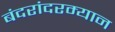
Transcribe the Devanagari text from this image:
बंदरांदरम्यान